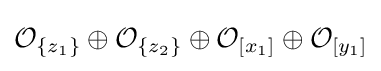
{\mathcal {O}}_{\{z_{1}\}}\oplus {\mathcal {O}}_{\{z_{2}\}}\oplus {\mathcal {O}}_{[x_{1}]}\oplus {\mathcal {O}}_{[y_{1}]}